Annual report on the health of the army in India
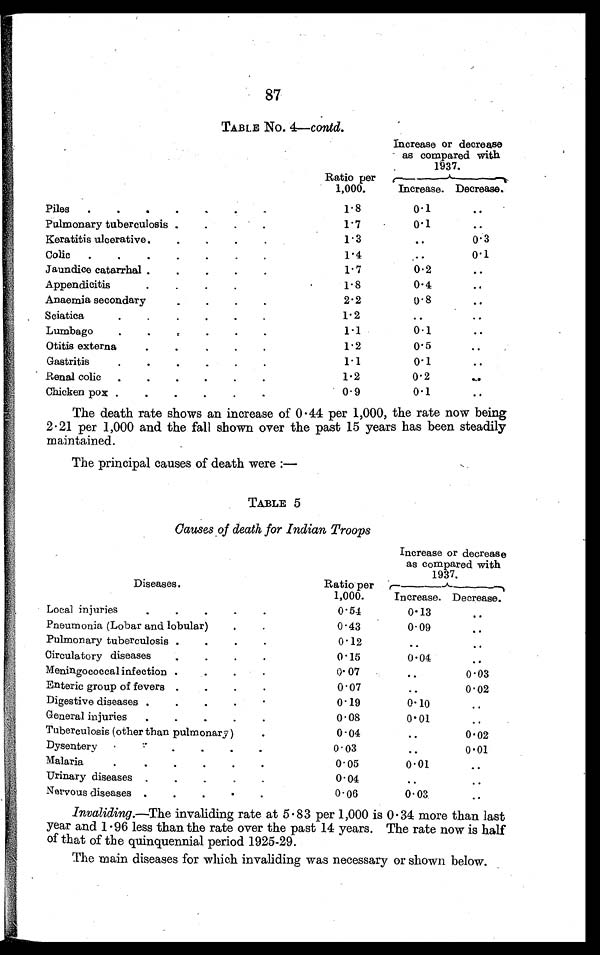
87
TABLE No. 4—contd.
Increase or decrease
as compared with
1937.
Ratio per
1,000.
Increase. Decrease.
Piles . . .
1.8
0.1
. . .
Pulmonary tuberculosis . . .
1.7
0.1
. . .
Keratitis ulcerative . . .
1.3
. . . 0.3
Colic . . .
1. 4
. . . 0.1
Jaundice catarrhal . . .
1.7
0.2
. . .
Appendicitis . . .
1.8
0.4
. . .
Anaemia secondary. . .
2.2
0. 8
. . .
Sciatica . . .
1.2
. . .
. . .
Lumbago . . .
1.1
0.1
. . .
Otitis externa . . .
1.2
0.5
. . .
Gastritis . . .
1.1
0.1
. . .
Renal colic . . .
1.2
0.2
. . .
Chicken pox . . .
0.9
0.1
. . .
The death rate shows an increase of 0.44 per 1,000, the rate now being
2.21 per 1,000 and the fall shown over the past 15 years has been steadily
maintained.
The principal causes of death were:—
TABLE 5
Causes of death for Indian Troops
Increase or decrease
as compared with
1937.
Diseases.
Ratio per
1,000.
_
Increase. Decrease.
Local injuries . . .
0.54
0.13
. . .
Pneumonia (Lobar and lobular) . . .
0.43
0.09
. . .
Pulmonary tuberculosis . . .
0.12
. . .
. . .
Circulatory diseases . . .
0.15
0.04
. . .
Meningococcal infection . . .
0.07
. . .
0.03
Enteric group of fevers . . .
0.07
. . .
0.02
Digestive diseases . . .
0.19
0.10
. . .
General injuries . . .
0.08
0.01
. . .
Tuberculosis (other than pulmonary ) . . .
0 . 04
. . .
0.02
Dysentery . . .
0.03
. . .
0.01
Malaria . . .
0 . 05
0.01
. . .
Urinary diseases . . .
0.04
. . .
. . .
Nervous diseases . . .
0.06
0.03
. . .
Invaliding.—The invaliding rate at 5.83 per 1,000 is 0.34 more than last
year and 1.96 less than the rate over the past 14 years. The rate now is half
of that of the quinquennial period 1925-29.
The main diseases for which invaliding was necessary or shown below.